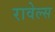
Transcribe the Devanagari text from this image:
रावेल्स